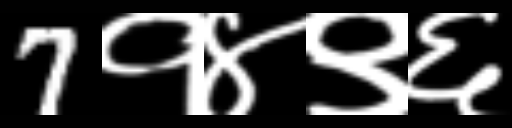
Text: 7१४९६